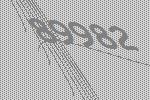
89982